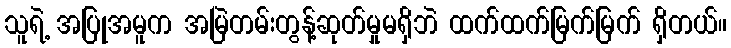
သူရဲ့ အပြုအမူက အမြဲတမ်းတွန့်ဆုတ်မှုမရှိဘဲ ထက်ထက်မြက်မြက် ရှိတယ်။